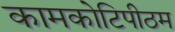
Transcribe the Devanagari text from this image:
कामकोटिपीठम